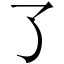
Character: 了